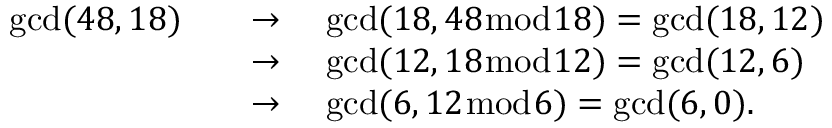
{ \begin{array} { r l } { \operatorname* { g c d } ( 4 8 , 1 8 ) \quad } & { \to \quad \operatorname* { g c d } ( 1 8 , 4 8 { \bmod { 1 } } 8 ) = \operatorname* { g c d } ( 1 8 , 1 2 ) } \\ & { \to \quad \operatorname* { g c d } ( 1 2 , 1 8 { \bmod { 1 } } 2 ) = \operatorname* { g c d } ( 1 2 , 6 ) } \\ & { \to \quad \operatorname* { g c d } ( 6 , 1 2 { \bmod { 6 } } ) = \operatorname* { g c d } ( 6 , 0 ) . } \end{array} }